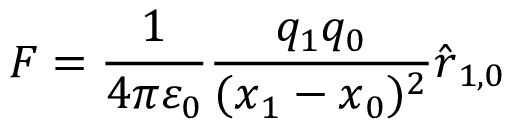
{ \boldsymbol { F } } = { \frac { 1 } { 4 \pi \varepsilon _ { 0 } } } { \frac { q _ { 1 } q _ { 0 } } { ( { \boldsymbol { x } } _ { 1 } - { \boldsymbol { x } } _ { 0 } ) ^ { 2 } } } { \hat { \boldsymbol { r } } } _ { 1 , 0 }